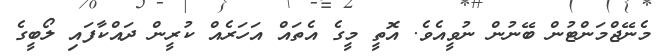
މެނޭޖްމަންޓުން ބޭނުން ނުވީއެވެ. އޮތީ މީގެ އެތައް އަހަރެއް ކުރީން ދައްކާފައި ލޯބީގެ